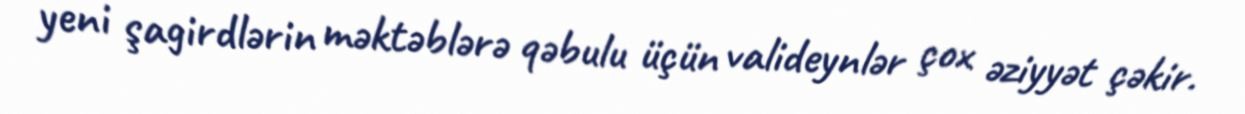
yeni şagirdlərin məktəblərə qəbulu üçün valideynlər çox əziyyət çəkir.